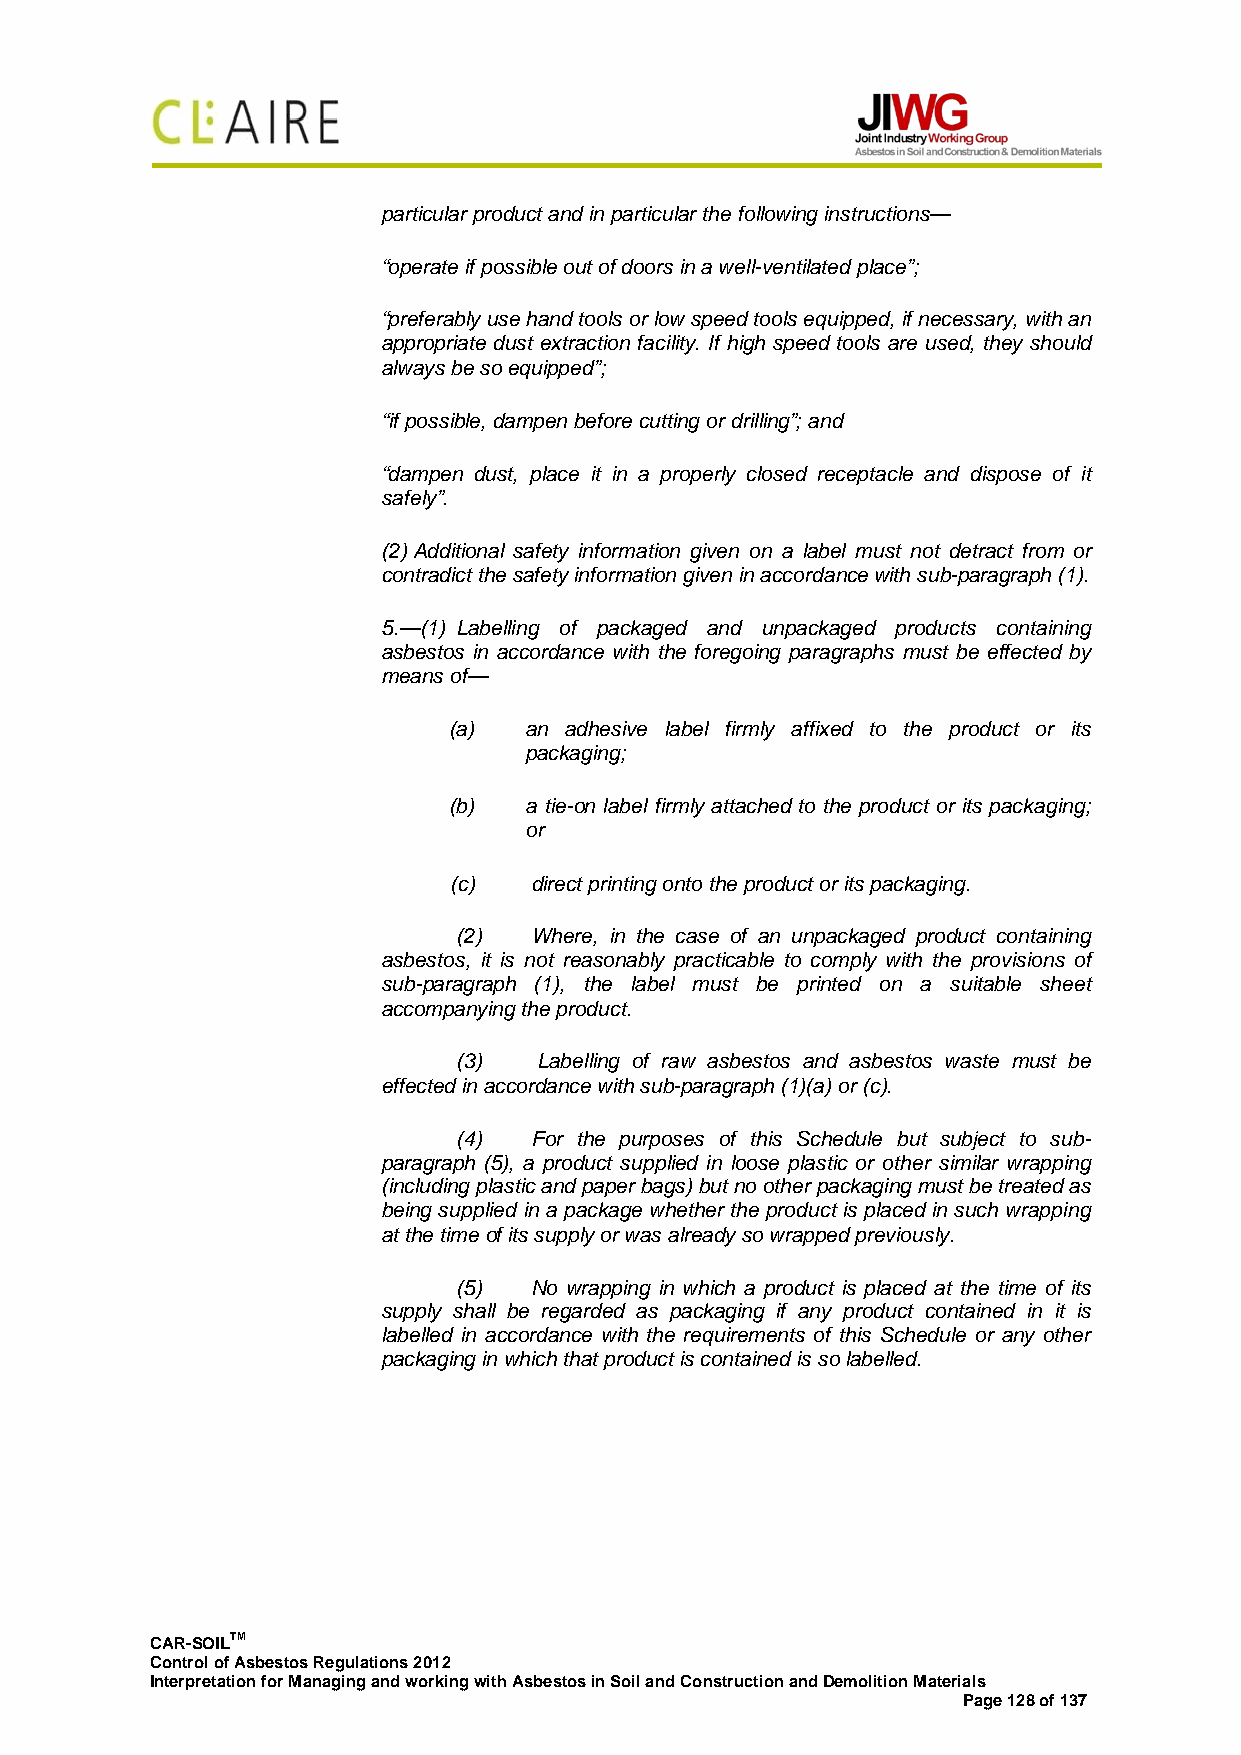
particular product and in particular the following instructions—
 “operate if possible out of doors in a well-ventilated place”;
 “preferably use hand tools or low speed tools equipped, if necessary, with an
 appropriate dust extraction facility. If high speed tools are used, they should
 always be so equipped”;
 “if possible, dampen before cutting or drilling”; and
 “dampen dust, place it in a properly closed receptacle and dispose of it
 safely”.
 (2) Additional safety information given on a label must not detract from or
 contradict the safety information given in accordance with sub-paragraph (1).
 5.—(1) Labelling of packaged and unpackaged products containing
 asbestos in accordance with the foregoing paragraphs must be effected by
 means of—
 (a)  an adhesive label firmly affixed to the product or its
 packaging;
 (b)  a tie-on label firmly attached to the product or its packaging;
 or
 (c)  direct printing onto the product or its packaging.
 (2)  Where, in the case of an unpackaged product containing
 asbestos, it is not reasonably practicable to comply with the provisions of
 sub-paragraph (1), the label must be printed on a suitable sheet
 accompanying the product.
 (3)   Labelling of raw asbestos and asbestos waste must be
 effected in accordance with sub-paragraph (1)(a) or (c).
 (4)  For the purposes of this Schedule but subject to sub-
 paragraph (5), a product supplied in loose plastic or other similar wrapping
 (including plastic and paper bags) but no other packaging must be treated as
 being supplied in a package whether the product is placed in such wrapping
 at the time of its supply or was already so wrapped previously.
 (5)  No wrapping in which a product is placed at the time of its
 supply shall be regarded as packaging if any product contained in it is
 labelled in accordance with the requirements of this Schedule or any other
 packaging in which that product is contained is so labelled.
 CAR-SOILTM
 Control of Asbestos Regulations 2012
 Interpretation for Managing and working with Asbestos in Soil and Construction and Demolition Materials
 Page 128 of 137